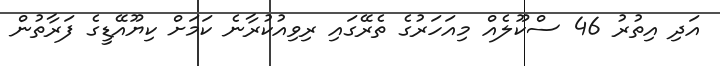
އަދި އިތުރު 46 ސްކޫލެއް މިއަހަރުގެ ތެރޭގައި ރިވިއުކުރާނެ ކަމަށް ކިޔޫއޭޑީގެ ފަރާތުން